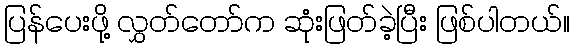
ပြန်ပေးဖို့ လွှတ်တော်က ဆုံးဖြတ်ခဲ့ပြီး ဖြစ်ပါတယ်။